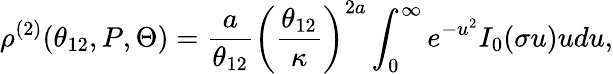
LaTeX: \rho^{(2)}(\theta_{12},P,\Theta)={\frac{a}{\theta_{12}}}\left({\frac{\theta_{12}}{\kappa}}\right)^{2a}\int_{0}^{\infty}e^{-u^{2}}I_{0}(\sigma u)udu,